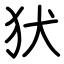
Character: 犾